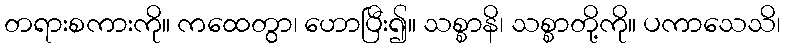
တရားစကားကို။ ကထေတွာ၊ ဟောပြီး၍။ သစ္စာနိ၊ သစ္စာတို့ကို။ ပကာသေသိ၊